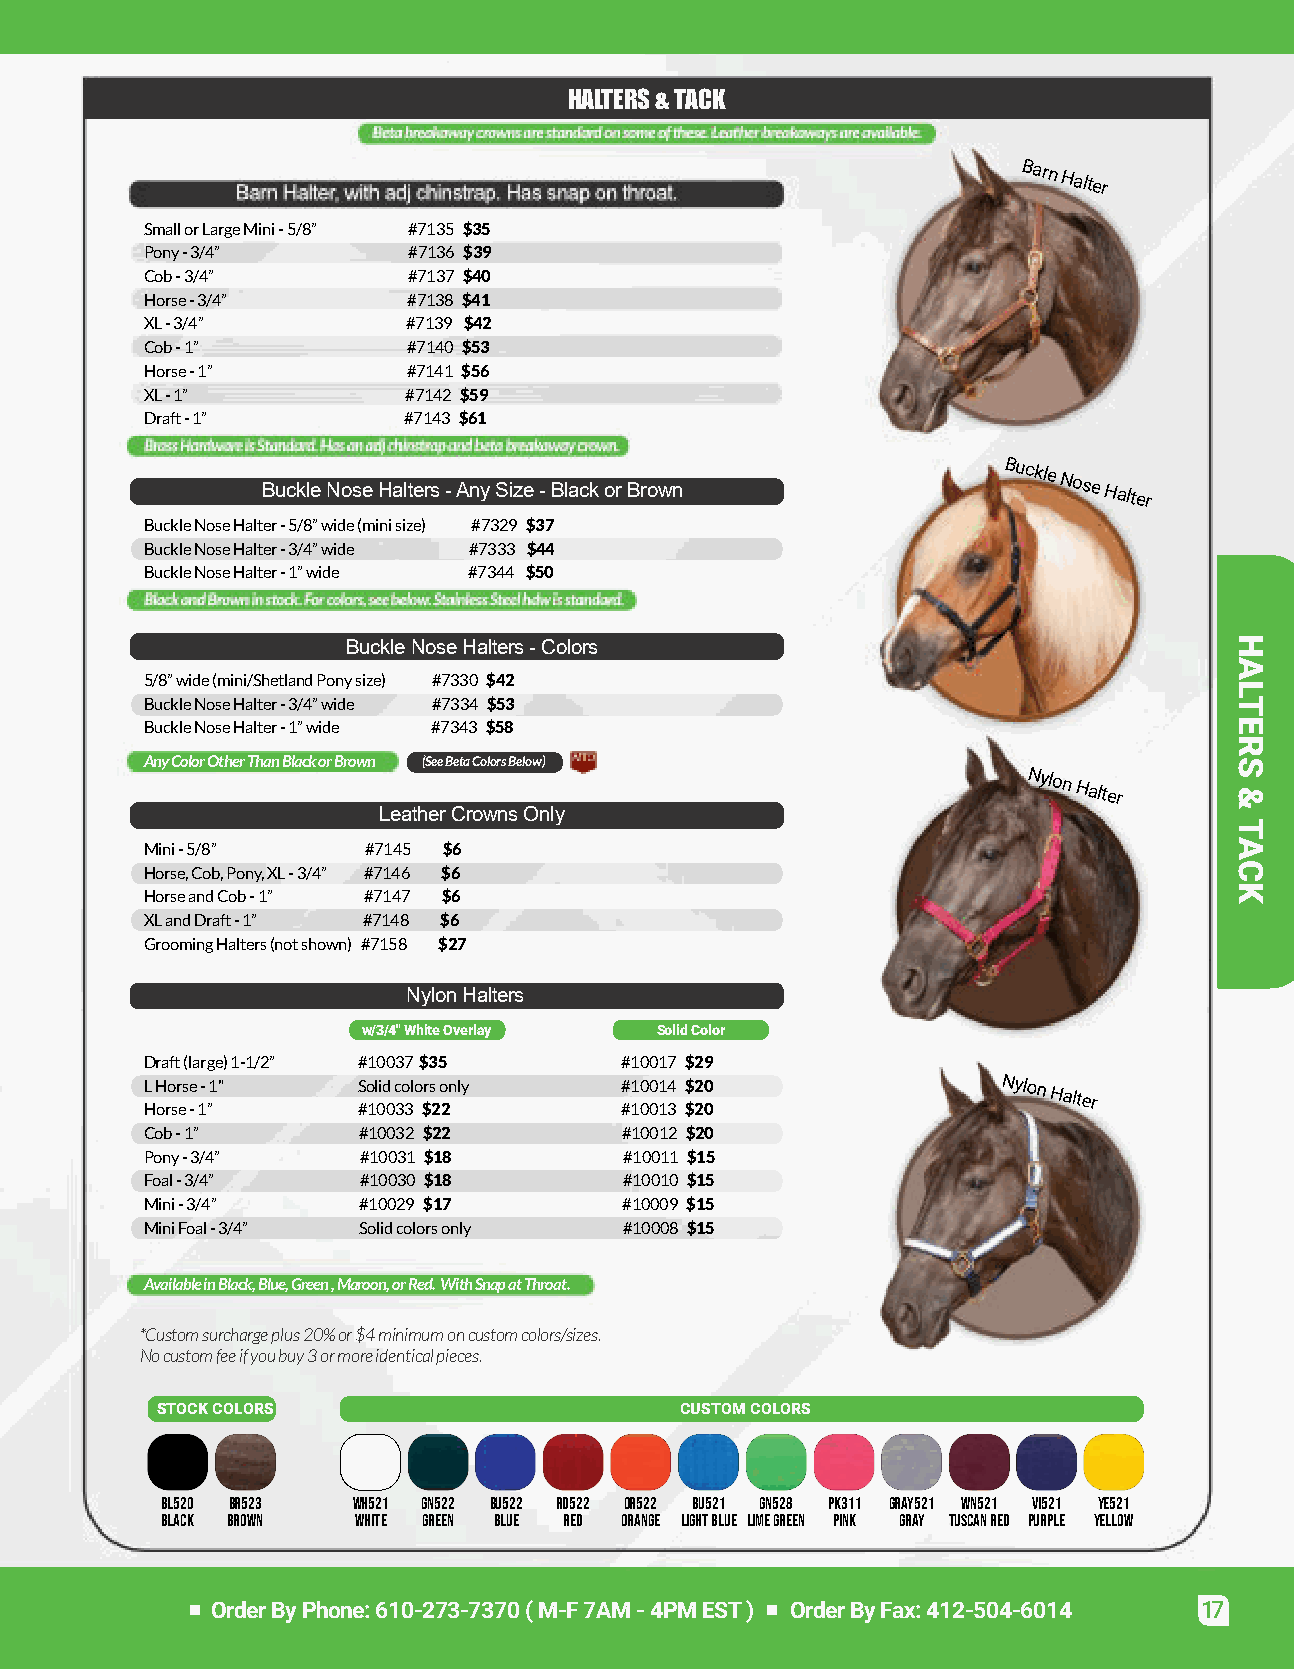
HALTERS&TACK
 BarnHalter
 SmallorLargeMini-5/8” #7135 $35
 Pony-3/4”        #7136 $39
 Cob-3/4”         #7137 $40
 Horse-3/4”       #7138 $41
 XL-3/4”          #7139 $42
 Cob-1”           #7140 $53
 Horse-1”         #7141 $56
 XL-1”            #7142 $59
 Draft-1”         #7143 $61
 BuckleNoseHalters-AnySize-BlackorBrown
 BuckleNoseHalter
 BuckleNoseHalter-5/8”wide(minisize) #7329 $37
 BuckleNoseHalter-3/4”wide #7333 $44
 BuckleNoseHalter-1”wide #7344 $50
 BuckleNoseHalters-Colors
 5/8”wide(mini/ShetlandPonysize) #7330 $42
 BuckleNoseHalter-3/4”wide #7334 $53
 BuckleNoseHalter-1”wide #7343 $58
 AnyColorOtherThanBlackorBrown (SeeBetaColorsBelow)
 NylonHalter
 LeatherCrownsOnly
 Mini-5/8”     #7145 $6
 Horse,Cob,Pony,XL-3/4” #7146 $6
 HorseandCob-1” #7147 $6
 XLandDraft-1” #7148 $6
 GroomingHalters(notshown) #7158 $27
 NylonHalters
 w/3/4"WhiteOverlay SolidColor
 Draft(large)1-1/2” #10037$35   #10017 $29
 LHorse-1"     Solidcolorsonly  #10014 $20
 Horse-1”      #10033 $22       #10013 $20
 Cob-1”        #10032 $22       #10012 $20
 Pony-3/4”     #10031 $18       #10011 $15
 Foal-3/4”     #10030 $18       #10010 $15
 Mini-3/4”     #10029 $17       #10009 $15
 MiniFoal-3/4” Solidcolorsonly  #10008 $15
 AvailableinBlack,Blue,Green,Maroon,orRed.WithSnapatThroat.
 *Customsurchargeplus20%or$4minimumoncustomcolors/sizes.
 Nocustomfeeifyoubuy3ormoreidenticalpieces.
 STOCKCOLORS                        CUSTOMCOLORS
 BL520 BR523 WH521 GN522 BU522 RD522 OR522 BU521 GN528 PK311 GRAY521 WN521 VI521 YE521
 Black Brown  White Green Blue Red Orange LightBlue LimeGreen Pink Gray TuscanRed Purple Yellow
 OrderByPhone:610-273-7370(M-F7AM-4PMEST) OrderByFax:412-504-6014 17
 HALTERS
 &
 TACK